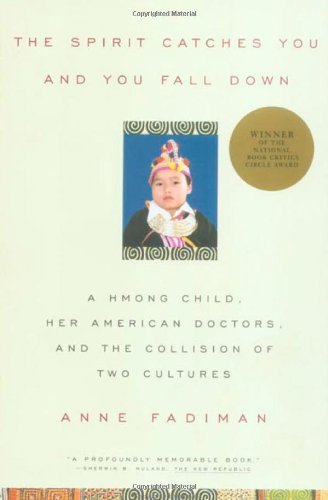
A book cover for The Spirit Catches You and You Fall Down: A Hmong Child, Her American Doctors, and the Collision of Two Cultures; Anne Fadiman; Parenting & Relationships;